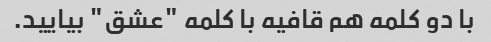
با دو کلمه هم قافیه با کلمه "عشق" بیایید.